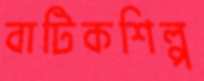
বাটিকশিল্প